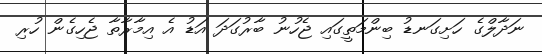
ނަދާލްގެ ހަށިގަނޑު ބިންމަތީގައި ޖެހުނު ބާރުގަދަ އަޑު އެ އިމާރާތާ ޖެހިގެން ހުރި